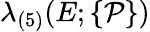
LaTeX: \lambda_{(5)}(E;\{ \mathcal{P}\} )